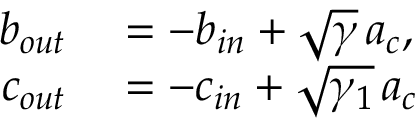
\begin{array} { r l } { b _ { o u t } } & { { } = - b _ { i n } + \sqrt { \gamma } \, a _ { c } , } \\ { c _ { o u t } } & { { } = - c _ { i n } + \sqrt { \gamma _ { 1 } } \, a _ { c } } \end{array}